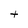
Character: t